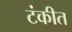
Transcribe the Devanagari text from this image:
टंकीत